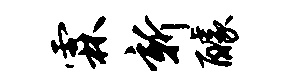
霖新醵